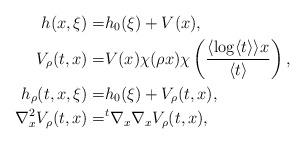
LaTeX: \begin{align*}h(x,\xi)=&h_0(\xi)+V(x), \\V_\rho(t,x)=&V(x)\chi(\rho x)\chi\left(\frac{\langle\log\langle t \rangle\rangle x}{\langle t \rangle}\right), \\h_\rho(t,x,\xi)=&h_0(\xi)+V_\rho(t,x), \\\nabla_x^2 V_\rho(t,x)=&{}^t\nabla_x\nabla_x V_\rho(t,x),\end{align*}